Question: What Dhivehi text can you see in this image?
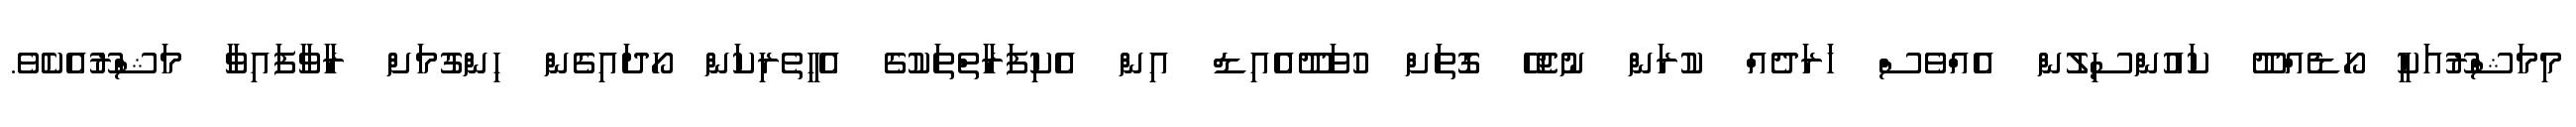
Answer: މިމަޝްރޫއަކީ ހޯޑެއްދޫ ކައުންސިލުން އެއްވެސް ޚަރަދެއް ކުރަން ނުޖެހޭ ގޮތަށް ހުވަދޫއެއިޑް އިން އެކިފަރާތްތަކުގެ އެހީތެރިކަން ހޯދައިގެން ހިންގުމަށް ރާވާފައިވާ މަޝްރޫއެކެވެ.